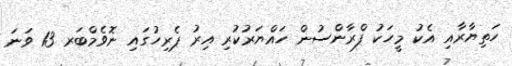
ހަތިޔާރާއި އެކު މީހަކު ފްރާންސުން ހައްޔަރުކުރި އިރު ޕެރިހުގައި ނޮވެމްބަރ 13 ވަނަ